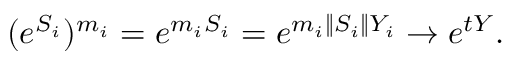
( e ^ { S _ { i } } ) ^ { m _ { i } } = e ^ { m _ { i } S _ { i } } = e ^ { m _ { i } \| S _ { i } \| Y _ { i } } \rightarrow e ^ { t Y } .